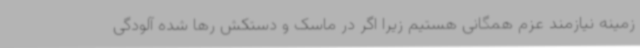
زمینه نیازمند عزم همگانی هستیم زیرا اگر در ماسک و دستکش رها شده آلودگی